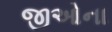
જીઓના